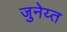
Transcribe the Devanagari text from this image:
जुनेय्त